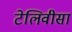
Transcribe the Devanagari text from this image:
टेलिवीसा